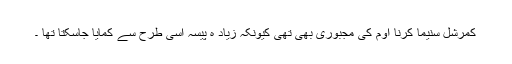
کمرشل سنیما کرنا اوم کی مجبوری بھی تھی کیونکہ زیاد ہ پیسہ اسی طرح سے کمایا جاسکتا تھا ۔